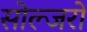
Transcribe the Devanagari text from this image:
सोल्जरों